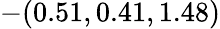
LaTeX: -(0.51,0.41,1.48)